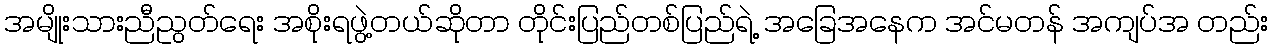
အမျိုးသားညီညွတ်ရေး အစိုးရဖွဲ့တယ်ဆိုတာ တိုင်းပြည်တစ်ပြည်ရဲ့ အခြေအနေက အင်မတန် အကျပ်အ တည်း